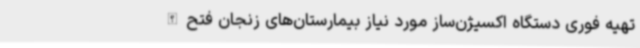
تهیه فوری دستگاه اکسیژن‌ساز مورد نیاز بیمارستان‌های زنجان فتح‌الله